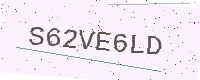
Text: S62VE6LD